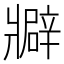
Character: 𤖟